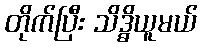
တိုက်ပြီး သိဒ္ဓိယူမယ်